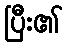
ပြီး၏